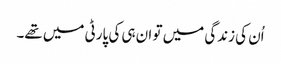
اُن کی زندگی میں تو ان ہی کی پارٹی میں تھے۔